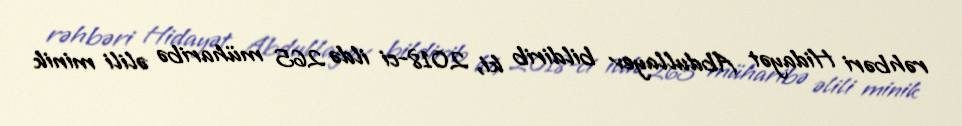
rəhbəri Hidayət Abdullayev bildirib ki, 2018-ci ildə 265 müharibə əlili minik